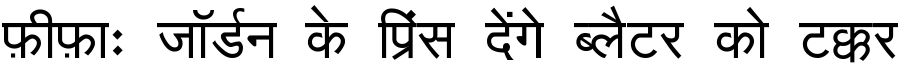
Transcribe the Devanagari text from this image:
फ़ीफ़ाः जॉर्डन के प्रिंस देंगे ब्लैटर को टक्कर